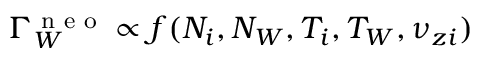
\Gamma _ { W } ^ { \textrm { n e o } } \propto f ( N _ { i } , N _ { W } , T _ { i } , T _ { W } , \nu _ { z i } )